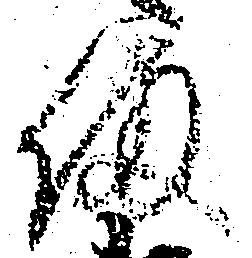
備